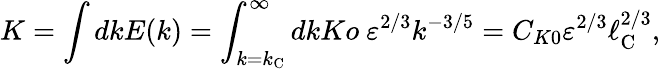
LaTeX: K=\int dkE(k)=\int_{k=k_{\textrm{C}}}^{\infty}dkKo\ \varepsilon^{2/3}k^{-3/5}=C_{K0}\varepsilon^{2/3}\ell_{\textrm{C}}^{2/3},